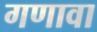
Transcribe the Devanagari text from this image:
गणावा